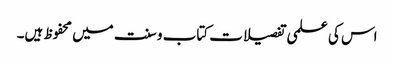
اس کی علمی تفصیلات کتاب و سنت میں محفوظ ہیں۔